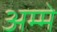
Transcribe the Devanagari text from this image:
अम्मे